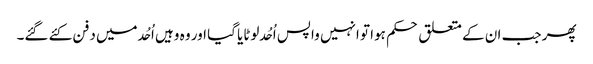
پھر جب ان کے متعلق حکم ہوا تو انہیں واپس اُحُد لوٹایا گیا اور وہ وہیں اُحُد میں دفن کئے گئے۔